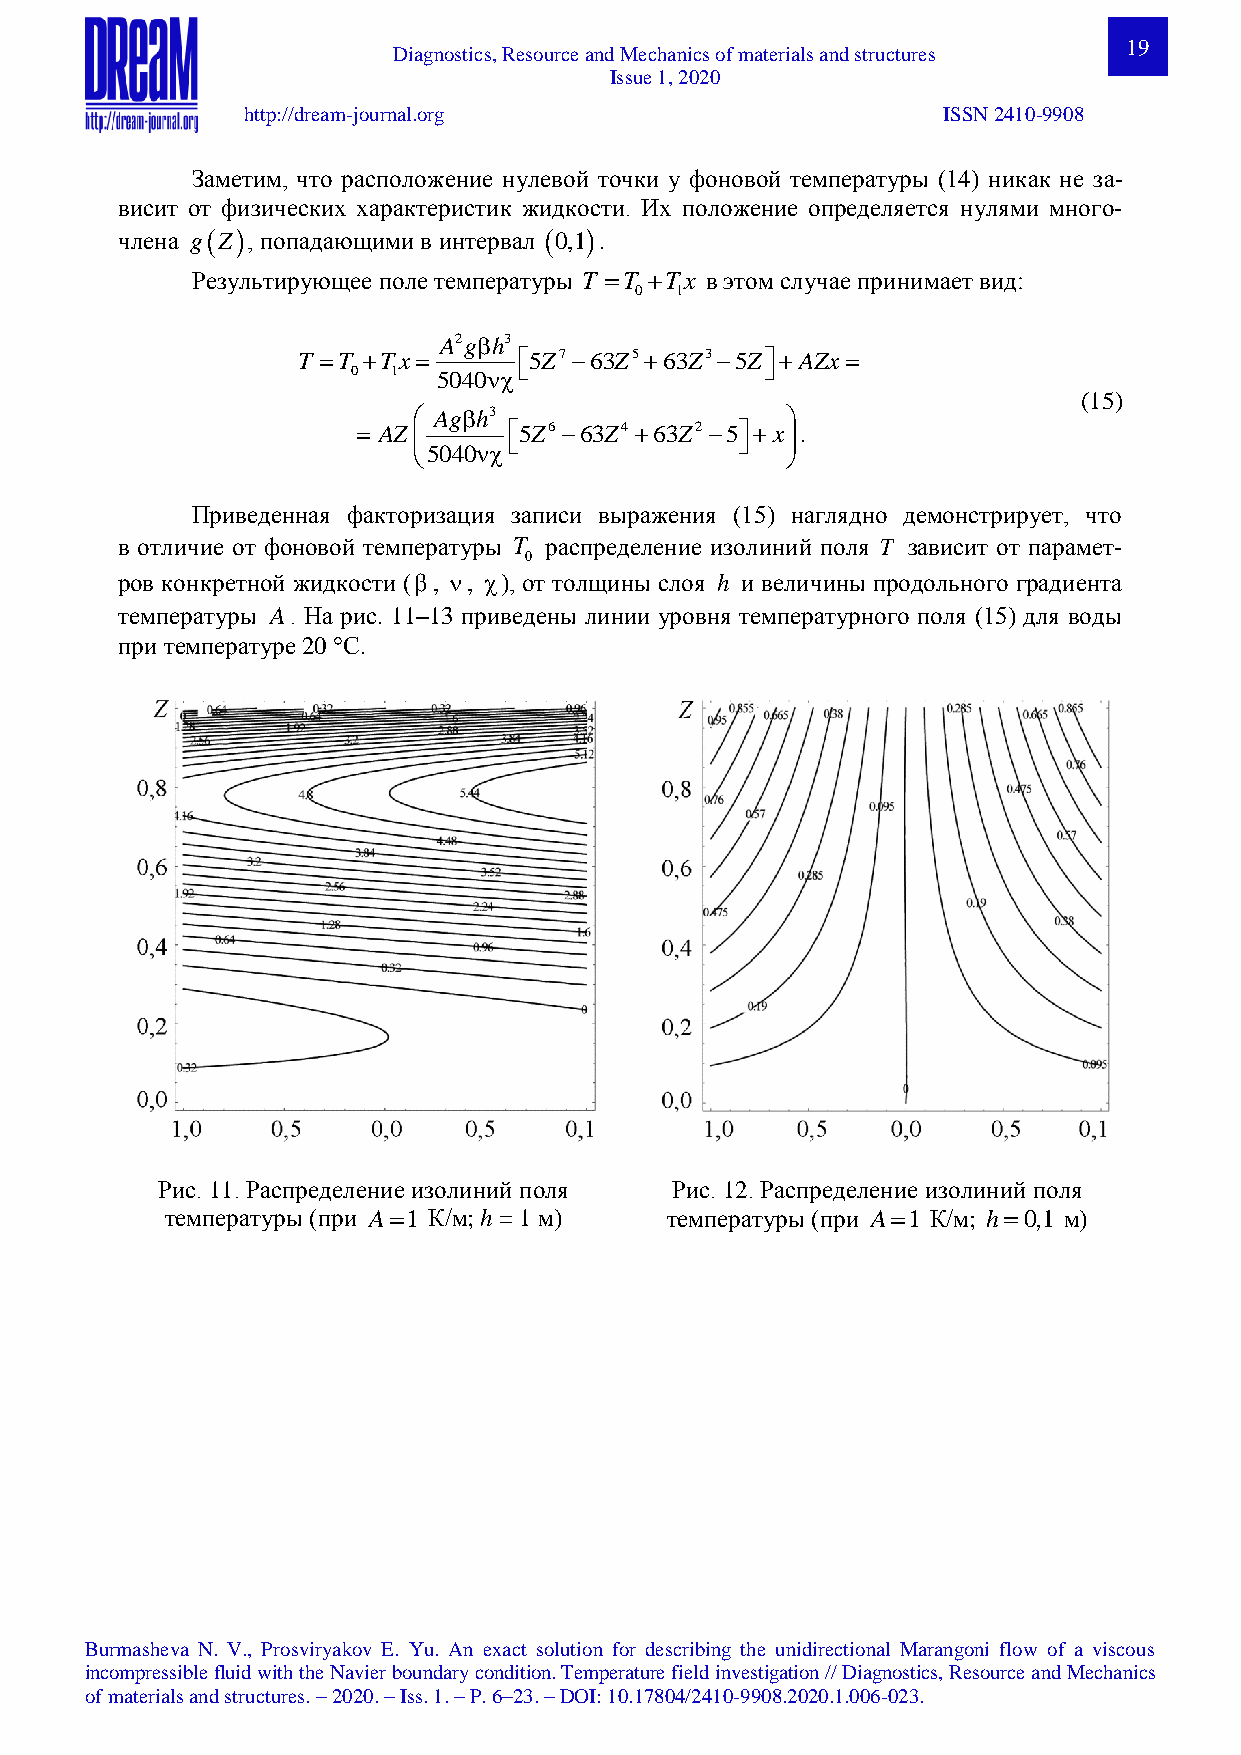
19
 Diagnostics, Resource and Mechanics of materials and structures
 Issue 1, 2020
 http://dream-journal.org                      ISSN 2410-9908
 Заметим, что расположение нулевой точки у фоновой температуры (14) никак не за-
 висит от физических характеристик жидкости. Их положение определяется нулями много-
 члена gZ, попадающими в интервал 0,1.
 Результирующее поле температуры T T Tx в этом случае принимает вид:
 0  1
 A2gh3
 T T Tx     5Z7 63Z563Z35ZAZx
 0  1  5040               
 (15)
  Agh3                  
  AZ      5Z6 63Z4 63Z2 5 x.
 5040                  
 Приведенная факторизация записи выражения (15) наглядно демонстрирует, что
 в отличие от фоновой температуры T распределение изолиний поля T зависит от парамет-
 0
 ров конкретной жидкости (, , ), от толщины слоя h и величины продольного градиента
 температуры A. На рис. 11–13 приведены линии уровня температурного поля (15) для воды
 при температуре 20 С.
 Рис. 11. Распределение изолиний поля Рис. 12. Распределение изолиний поля
 температуры (при A1 К/м; h = 1 м) температуры (при A1 К/м; h0,1 м)
 Burmasheva N. V., Prosviryakov E. Yu. An exact solution for describing the unidirectional Marangoni flow of a viscous
 incompressible fluid with the Navier boundary condition. Temperature field investigation // Diagnostics, Resource and Mechanics
 of materials and structures. – 2020. – Iss. 1. – P. 6–23. – DOI: 10.17804/2410-9908.2020.1.006-023.